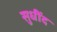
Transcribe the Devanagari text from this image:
सुधींद